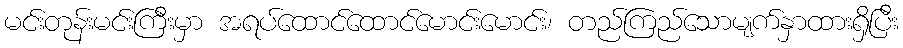
မင်းတုန်းမင်းကြီးမှာ အရပ်ထောင်ထောင်မောင်းမောင်း၊ တည်ကြည်သောမျက်နှာထားရှိပြီး